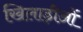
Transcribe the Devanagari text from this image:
खिलाड़ीओं